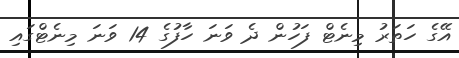
އޭގެ ހަތަރު މިނެޓް ފަހުން ދެ ވަނަ ހާފުގެ 14 ވަނަ މިނެޓްގައި